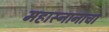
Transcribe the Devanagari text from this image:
महास्नानाचा